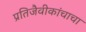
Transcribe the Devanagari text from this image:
प्रतिजैवीकांचाचा